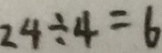
2 4 \div 4 = 6